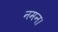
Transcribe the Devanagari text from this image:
नमन।